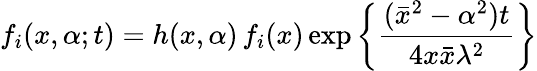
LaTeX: f_{i}(x,\alpha;t)=h(x,\alpha)\, f_{i}(x)\exp\left\{ \frac{(\bar{x}^{2}-\alpha^{2})t}{4x\bar{x}\lambda^{2}}\right\}